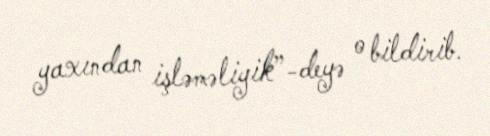
yaxından işləməliyik”-deyə o bildirib.